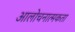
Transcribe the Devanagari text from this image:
आलोचनात्मकता